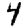
Digit: 4